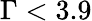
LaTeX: \Gamma<3.9